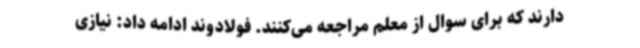
دارند که برای سوال از معلم مراجعه می‌کنند. فولادوند ادامه داد: نیازی